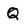
Character: Q